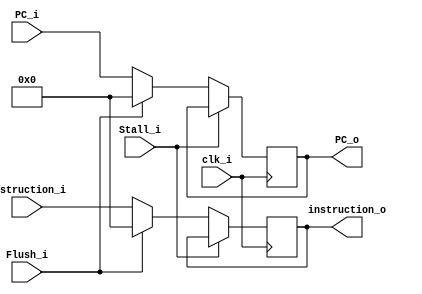
module IF_ID(
    clk_i,
    instruction_i,
    PC_i,
    Stall_i,
    Flush_i,
    instruction_o,
    PC_o,
);

input   clk_i;
input   [31:0]  instruction_i;
input   [31:0]  PC_i;
input   Stall_i;
input   Flush_i;

output  [31:0]  instruction_o;
output  [31:0]  PC_o;

reg [31:0]  instruction = 0;
reg [31:0]  PC = 0;

always@(posedge clk_i) begin
    if(~Stall_i) begin
        if(Flush_i) begin
            instruction <= 0;
            PC <= 0;
        end
        else begin
            instruction <= instruction_i;
            PC <= PC_i;
        end
    end
end

assign instruction_o = instruction;
assign PC_o = PC;

endmodule

module ID_EX(
    clk_i,
    RegWrite_i,
    MemtoReg_i,
    MemRead_i,
    MemWrite_i,
    ALUOp_i,
    ALUSrc_i,
    rs_1_i,
    rs_2_i,
    rs_1_index_i,
    rs_2_index_i,
    ImmGen_i,
    funct_i,
    rd_i,

    RegWrite_o,
    MemtoReg_o,
    MemRead_o,
    MemWrite_o,
    ALUOp_o,
    ALUSrc_o,
    rs_1_o,
    rs_2_o,
    rs_1_index_o,
    rs_2_index_o,
    ImmGen_o,
    funct_o,
    rd_o,
    Stall_i
);

input   clk_i;
input   RegWrite_i;
input   MemtoReg_i;
input   MemRead_i;
input   MemWrite_i;
input   [1:0]   ALUOp_i;
input   ALUSrc_i;
input   [31:0]  rs_1_i;
input   [31:0]  rs_2_i;
input   [4:0]   rs_1_index_i;
input   [4:0]   rs_2_index_i;
input   [31:0]  ImmGen_i;
input   [9:0]   funct_i;
input   [4:0]   rd_i;
input   Stall_i;

output  RegWrite_o;
output  MemtoReg_o;
output  MemRead_o;
output  MemWrite_o;
output  [1:0]   ALUOp_o;
output  ALUSrc_o;
output  [31:0]  rs_1_o;
output  [31:0]  rs_2_o;
output  [4:0]   rs_1_index_o;
output  [4:0]   rs_2_index_o;
output  [31:0]  ImmGen_o;
output  [9:0]   funct_o;
output  [4:0]   rd_o;

reg   RegWrite = 0;
reg   MemtoReg = 0;
reg   MemRead = 0;
reg   MemWrite = 0;
reg   [1:0]   ALUOp = 0;
reg   ALUSrc = 0;
reg   [31:0]  rs_1 = 0;
reg   [31:0]  rs_2 = 0;
reg   [4:0]  rs_1_index = 0;
reg   [4:0]  rs_2_index = 0;
reg   [31:0]  ImmGen = 0;
reg   [9:0]  funct = 0;
reg   [4:0]  rd = 0;


always@(posedge clk_i) begin
    if(~Stall_i) begin
        RegWrite <= RegWrite_i;
        MemtoReg <= MemtoReg_i;
        MemRead <= MemRead_i;
        MemWrite <= MemWrite_i;
        ALUOp <= ALUOp_i;
        ALUSrc <= ALUSrc_i;
        rs_1 <= rs_1_i;
        rs_2 <= rs_2_i;
        rs_1_index <= rs_1_index_i;
        rs_2_index <= rs_2_index_i;
        ImmGen <= ImmGen_i;
        funct <= funct_i;
        rd <= rd_i;
    end
end

assign RegWrite_o = RegWrite;
assign MemtoReg_o = MemtoReg;
assign MemRead_o = MemRead;
assign MemWrite_o = MemWrite;
assign ALUOp_o = ALUOp;
assign ALUSrc_o = ALUSrc;
assign rs_1_o = rs_1;
assign rs_2_o = rs_2;
assign rs_1_index_o = rs_1_index;
assign rs_2_index_o = rs_2_index;
assign ImmGen_o = ImmGen;
assign funct_o = funct;
assign rd_o = rd;

endmodule

module EX_MEM(
    clk_i,
    RegWrite_i,
    MemtoReg_i,
    MemRead_i,
    MemWrite_i,
    RegWrite_o,
    MemtoReg_o,
    MemRead_o,
    MemWrite_o,
    ALU_res_i,
    ALU_res_o,
    rs_2_i,
    rs_2_o,
    rd_i,
    rd_o,
    Stall_i
);

input   clk_i;
input   RegWrite_i;
input   MemtoReg_i;
input   MemRead_i;
input   MemWrite_i;
input   [31:0]  rs_2_i;
input   [4:0]   rd_i;
input   [31:0]  ALU_res_i;
input Stall_i;

output  RegWrite_o;
output  MemtoReg_o;
output  MemRead_o;
output  MemWrite_o;
output  [31:0]  rs_2_o;
output  [4:0]   rd_o;
output  [31:0]  ALU_res_o;

reg   RegWrite = 0;
reg   MemtoReg = 0;
reg   MemRead = 0;
reg   MemWrite = 0;
reg   [31:0]    rs_2 = 0;
reg   [4:0]     rd = 0;
reg   [31:0]    ALU_res = 0;

always@(posedge clk_i) begin
    if(~Stall_i) begin
        RegWrite <= RegWrite_i;
        MemtoReg <= MemtoReg_i;
        MemRead <= MemRead_i;
        MemWrite <= MemWrite_i;
        rs_2 <= rs_2_i;
        rd <= rd_i;
        ALU_res <= ALU_res_i;
    end
end

assign RegWrite_o = RegWrite;
assign MemtoReg_o = MemtoReg;
assign MemRead_o = MemRead;
assign MemWrite_o = MemWrite;
assign rs_2_o = rs_2;
assign rd_o = rd;
assign ALU_res_o = ALU_res;

endmodule

module MEM_WB(
    clk_i,
    RegWrite_i,
    MemtoReg_i,
    RegWrite_o,
    MemtoReg_o,
    ALU_res_i,
    ALU_res_o,
    Mem_res_i,
    Mem_res_o,
    rd_i,
    rd_o,
    Stall_i
);

input   clk_i;
input   RegWrite_i;
input   MemtoReg_i;
input   [4:0]  rd_i;
input   [31:0]  ALU_res_i;
input   [31:0]  Mem_res_i;
input   Stall_i;

output  RegWrite_o;
output  MemtoReg_o;
output  [4:0]  rd_o;
output  [31:0] ALU_res_o;
output  [31:0] Mem_res_o;

reg   RegWrite = 0;
reg   MemtoReg = 0;
reg   [4:0]  rd = 0;
reg   [31:0]    ALU_res = 0;
reg   [31:0]    Mem_res = 0;

always@(posedge clk_i) begin
    if(~Stall_i) begin
        RegWrite <= RegWrite_i;
        MemtoReg <= MemtoReg_i;
        rd <= rd_i;
        ALU_res <= ALU_res_i;
        Mem_res <= Mem_res_i;
    end
end

assign RegWrite_o = RegWrite;
assign MemtoReg_o = MemtoReg;
assign rd_o = rd;
assign ALU_res_o = ALU_res;
assign Mem_res_o = Mem_res;

endmodule